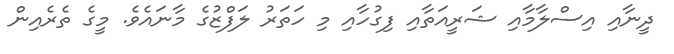
ދީނާއި އިސްލާމާއި ޝަރީއަތާއި ފިގުހާއި މި ހަތަރު ލަފްޒުގެ މާނައެވެ. މީގެ ތެރެއިން